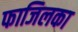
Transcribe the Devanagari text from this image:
फाजिलका